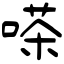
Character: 嗏